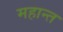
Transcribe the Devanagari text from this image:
महान्त